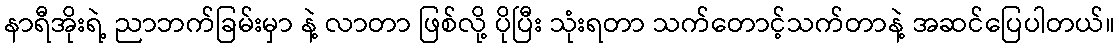
နာရီအိုးရဲ့ ညာဘက်ခြမ်းမှာ နဲ့ လာတာ ဖြစ်လို့ ပိုပြီး သုံးရတာ သက်တောင့်သက်တာနဲ့ အဆင်ပြေပါတယ်။